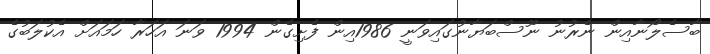
ބާސެލޯނާއިން ނެރުނު ނޫސްބަޔާނުގައިވަނީ 1986އިން ފެށިގެން 1994 ވަނަ އަހަރާ ހަމައަށް އެކުލަބުގެ